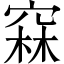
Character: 𥦝